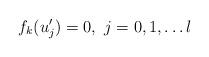
LaTeX: \begin{align*} f_k(u'_j) = 0, \,\, j = 0, 1, \ldots l \end{align*}